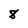
Character: 8